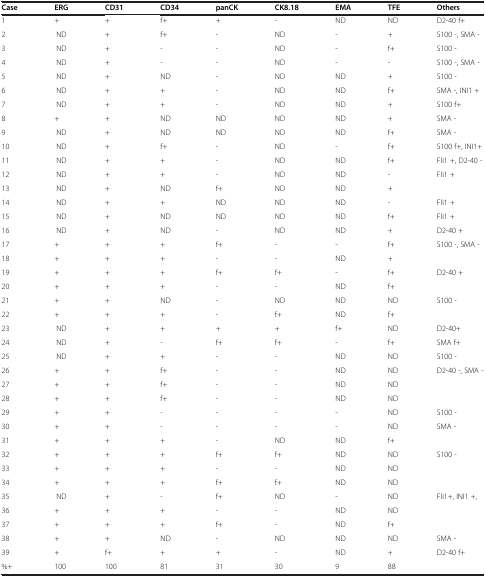
<table><thead><tr><td><b>Case</b></td><td><b>ERG</b></td><td><b>CD31</b></td><td><b>CD34</b></td><td><b>panCK</b></td><td><b>CK8.18</b></td><td><b>EMA</b></td><td><b>TFE</b></td><td><b>Others</b></td></tr></thead><tbody><tr><td>1</td><td>+</td><td>+</td><td>f+</td><td>+</td><td>-</td><td>ND</td><td>ND</td><td>D2-40 f+</td></tr><tr><td>2</td><td>ND</td><td>+</td><td>f+</td><td>-</td><td>ND</td><td>-</td><td>+</td><td>S100 -, SMA -</td></tr><tr><td>3</td><td>ND</td><td>+</td><td>-</td><td>-</td><td>ND</td><td>-</td><td>f+</td><td>S100 -</td></tr><tr><td>4</td><td>ND</td><td>+</td><td>-</td><td>-</td><td>ND</td><td>-</td><td>-</td><td>S100 -, SMA -</td></tr><tr><td>5</td><td>ND</td><td>+</td><td>ND</td><td>-</td><td>ND</td><td>ND</td><td>+</td><td>S100 -</td></tr><tr><td>6</td><td>ND</td><td>+</td><td>+</td><td>-</td><td>ND</td><td>ND</td><td>f+</td><td>SMA -, INI1 +</td></tr><tr><td>7</td><td>ND</td><td>+</td><td>+</td><td>-</td><td>ND</td><td>ND</td><td>+</td><td>S100 f+</td></tr><tr><td>8</td><td>+</td><td>+</td><td>ND</td><td>ND</td><td>ND</td><td>ND</td><td>+</td><td>SMA -</td></tr><tr><td>9</td><td>ND</td><td>+</td><td>ND</td><td>ND</td><td>ND</td><td>ND</td><td>f+</td><td>SMA -</td></tr><tr><td>10</td><td>ND</td><td>+</td><td>f+</td><td>-</td><td>ND</td><td>-</td><td>f+</td><td>S100 f+, INI1+</td></tr><tr><td>11</td><td>ND</td><td>+</td><td>+</td><td>-</td><td>ND</td><td>ND</td><td>f+</td><td>Fli1 +, D2-40 -</td></tr><tr><td>12</td><td>ND</td><td>+</td><td>+</td><td>-</td><td>ND</td><td>ND</td><td>-</td><td>Fli1 +</td></tr><tr><td>13</td><td>ND</td><td>+</td><td>ND</td><td>f+</td><td>ND</td><td>ND</td><td>+</td><td> </td></tr><tr><td>14</td><td>ND</td><td>+</td><td>+</td><td>ND</td><td>ND</td><td>ND</td><td>-</td><td>Fli1 +</td></tr><tr><td>15</td><td>ND</td><td>+</td><td>ND</td><td>ND</td><td>ND</td><td>ND</td><td>f+</td><td>Fli1 +</td></tr><tr><td>16</td><td>ND</td><td>+</td><td>ND</td><td>-</td><td>ND</td><td>ND</td><td>+</td><td>D2-40 +</td></tr><tr><td>17</td><td>+</td><td>+</td><td>+</td><td>f+</td><td>-</td><td>-</td><td>f+</td><td>S100 -, SMA -</td></tr><tr><td>18</td><td>+</td><td>+</td><td>+</td><td>-</td><td>-</td><td>ND</td><td>+</td><td> </td></tr><tr><td>19</td><td>+</td><td>+</td><td>+</td><td>f+</td><td>f+</td><td>-</td><td>f+</td><td>D2-40 +</td></tr><tr><td>20</td><td>+</td><td>+</td><td>+</td><td>-</td><td>-</td><td>ND</td><td>f+</td><td> </td></tr><tr><td>21</td><td>+</td><td>+</td><td>ND</td><td>-</td><td>ND</td><td>ND</td><td>ND</td><td>S100 -</td></tr><tr><td>22</td><td>+</td><td>+</td><td>+</td><td>-</td><td>f+</td><td>ND</td><td>f+</td><td> </td></tr><tr><td>23</td><td>ND</td><td>+</td><td>+</td><td>+</td><td>+</td><td>f+</td><td>ND</td><td>D2-40+</td></tr><tr><td>24</td><td>ND</td><td>+</td><td>-</td><td>f+</td><td>f+</td><td>-</td><td>f+</td><td>SMA f+</td></tr><tr><td>25</td><td>ND</td><td>+</td><td>+</td><td>-</td><td>-</td><td>ND</td><td>ND</td><td>S100 -</td></tr><tr><td>26</td><td>+</td><td>+</td><td>f+</td><td>-</td><td>-</td><td>ND</td><td>ND</td><td>D2-40 -, SMA -</td></tr><tr><td>27</td><td>+</td><td>+</td><td>f+</td><td>-</td><td>-</td><td>ND</td><td>ND</td><td> </td></tr><tr><td>28</td><td>+</td><td>+</td><td>f+</td><td>-</td><td>-</td><td>ND</td><td>ND</td><td> </td></tr><tr><td>29</td><td>+</td><td>+</td><td>-</td><td>-</td><td>-</td><td>-</td><td>ND</td><td>S100 -</td></tr><tr><td>30</td><td>+</td><td>+</td><td>-</td><td>-</td><td>-</td><td>-</td><td>ND</td><td>SMA -</td></tr><tr><td>31</td><td>+</td><td>+</td><td>+</td><td>-</td><td>ND</td><td>ND</td><td>f+</td><td> </td></tr><tr><td>32</td><td>+</td><td>+</td><td>+</td><td>f+</td><td>f+</td><td>ND</td><td>ND</td><td>S100 -</td></tr><tr><td>33</td><td>+</td><td>+</td><td>+</td><td>-</td><td>-</td><td>ND</td><td>ND</td><td> </td></tr><tr><td>34</td><td>+</td><td>+</td><td>+</td><td>f+</td><td>f+</td><td>ND</td><td>ND</td><td> </td></tr><tr><td>35</td><td>ND</td><td>+</td><td>-</td><td>f+</td><td>ND</td><td>-</td><td>ND</td><td>Fli1+, INI1 +,</td></tr><tr><td>36</td><td>+</td><td>+</td><td>+</td><td>-</td><td>-</td><td>ND</td><td>ND</td><td> </td></tr><tr><td>37</td><td>+</td><td>+</td><td>+</td><td>f+</td><td>-</td><td>ND</td><td>f+</td><td> </td></tr><tr><td>38</td><td>+</td><td>+</td><td>ND</td><td>-</td><td>ND</td><td>ND</td><td>ND</td><td>SMA -</td></tr><tr><td>39</td><td>+</td><td>f+</td><td>+</td><td>+</td><td>-</td><td>ND</td><td>+</td><td>D2-40 f+</td></tr><tr><td>%+</td><td>100</td><td>100</td><td>81</td><td>31</td><td>30</td><td>9</td><td>88</td><td> </td></tr></tbody></table>